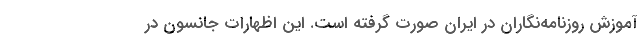
آموزش روزنامه‌نگاران در ایران صورت گرفته است. این اظهارات جانسون در